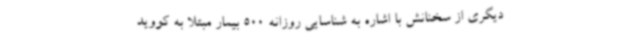
دیگری از سخنانش با اشاره به شناسایی روزانه 500 بیمار مبتلا به کووید